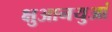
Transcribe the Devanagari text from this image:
क्षुआनयुआं